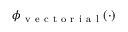
\phi _ { \mathrm { ~ v ~ e ~ c ~ t ~ o ~ r ~ i ~ a ~ l ~ } } ( \cdot )